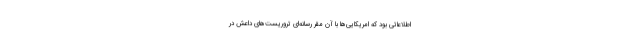
اطلاعاتی بود که امریکایی‌ها با آن مقر رسانه‌ای تروریست‌های داعش در